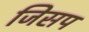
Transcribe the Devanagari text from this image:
जिसप